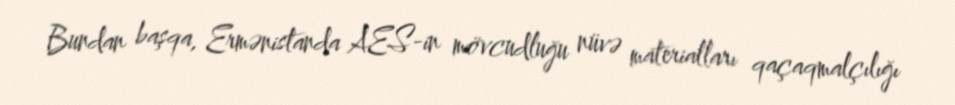
Bundan başqa, Ermənistanda AES-in mövcudluğu nüvə materialları qaçaqmalçılığı